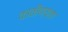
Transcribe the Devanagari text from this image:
काठीण्‍यता